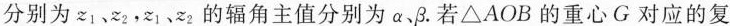
分别为z_{1}、z_{2}，z_{1}、z_{2}的辐角主值分别为\alpha 、\beta. 若\triangleAOB的重心G对应的复